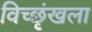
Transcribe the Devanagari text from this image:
विच्छृंखला